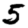
Digit: 5